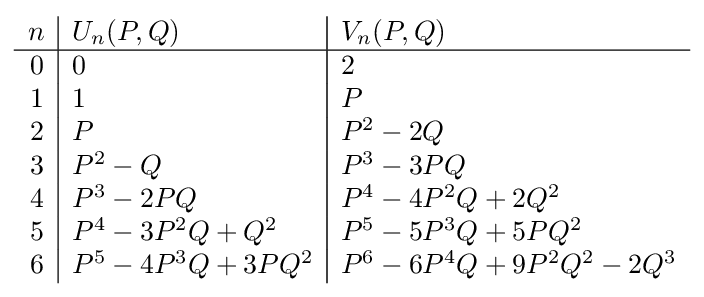
{\begin{array}{r|l|l}n&U_{n}(P,Q)&V_{n}(P,Q)\\\hline 0&0&2\\1&1&P\\2&P&{P}^{2}-2Q\\3&{P}^{2}-Q&{P}^{3}-3PQ\\4&{P}^{3}-2PQ&{P}^{4}-4{P}^{2}Q+2{Q}^{2}\\5&{P}^{4}-3{P}^{2}Q+{Q}^{2}&{P}^{5}-5{P}^{3}Q+5P{Q}^{2}\\6&{P}^{5}-4{P}^{3}Q+3P{Q}^{2}&{P}^{6}-6{P}^{4}Q+9{P}^{2}{Q}^{2}-2{Q}^{3}\end{array}}